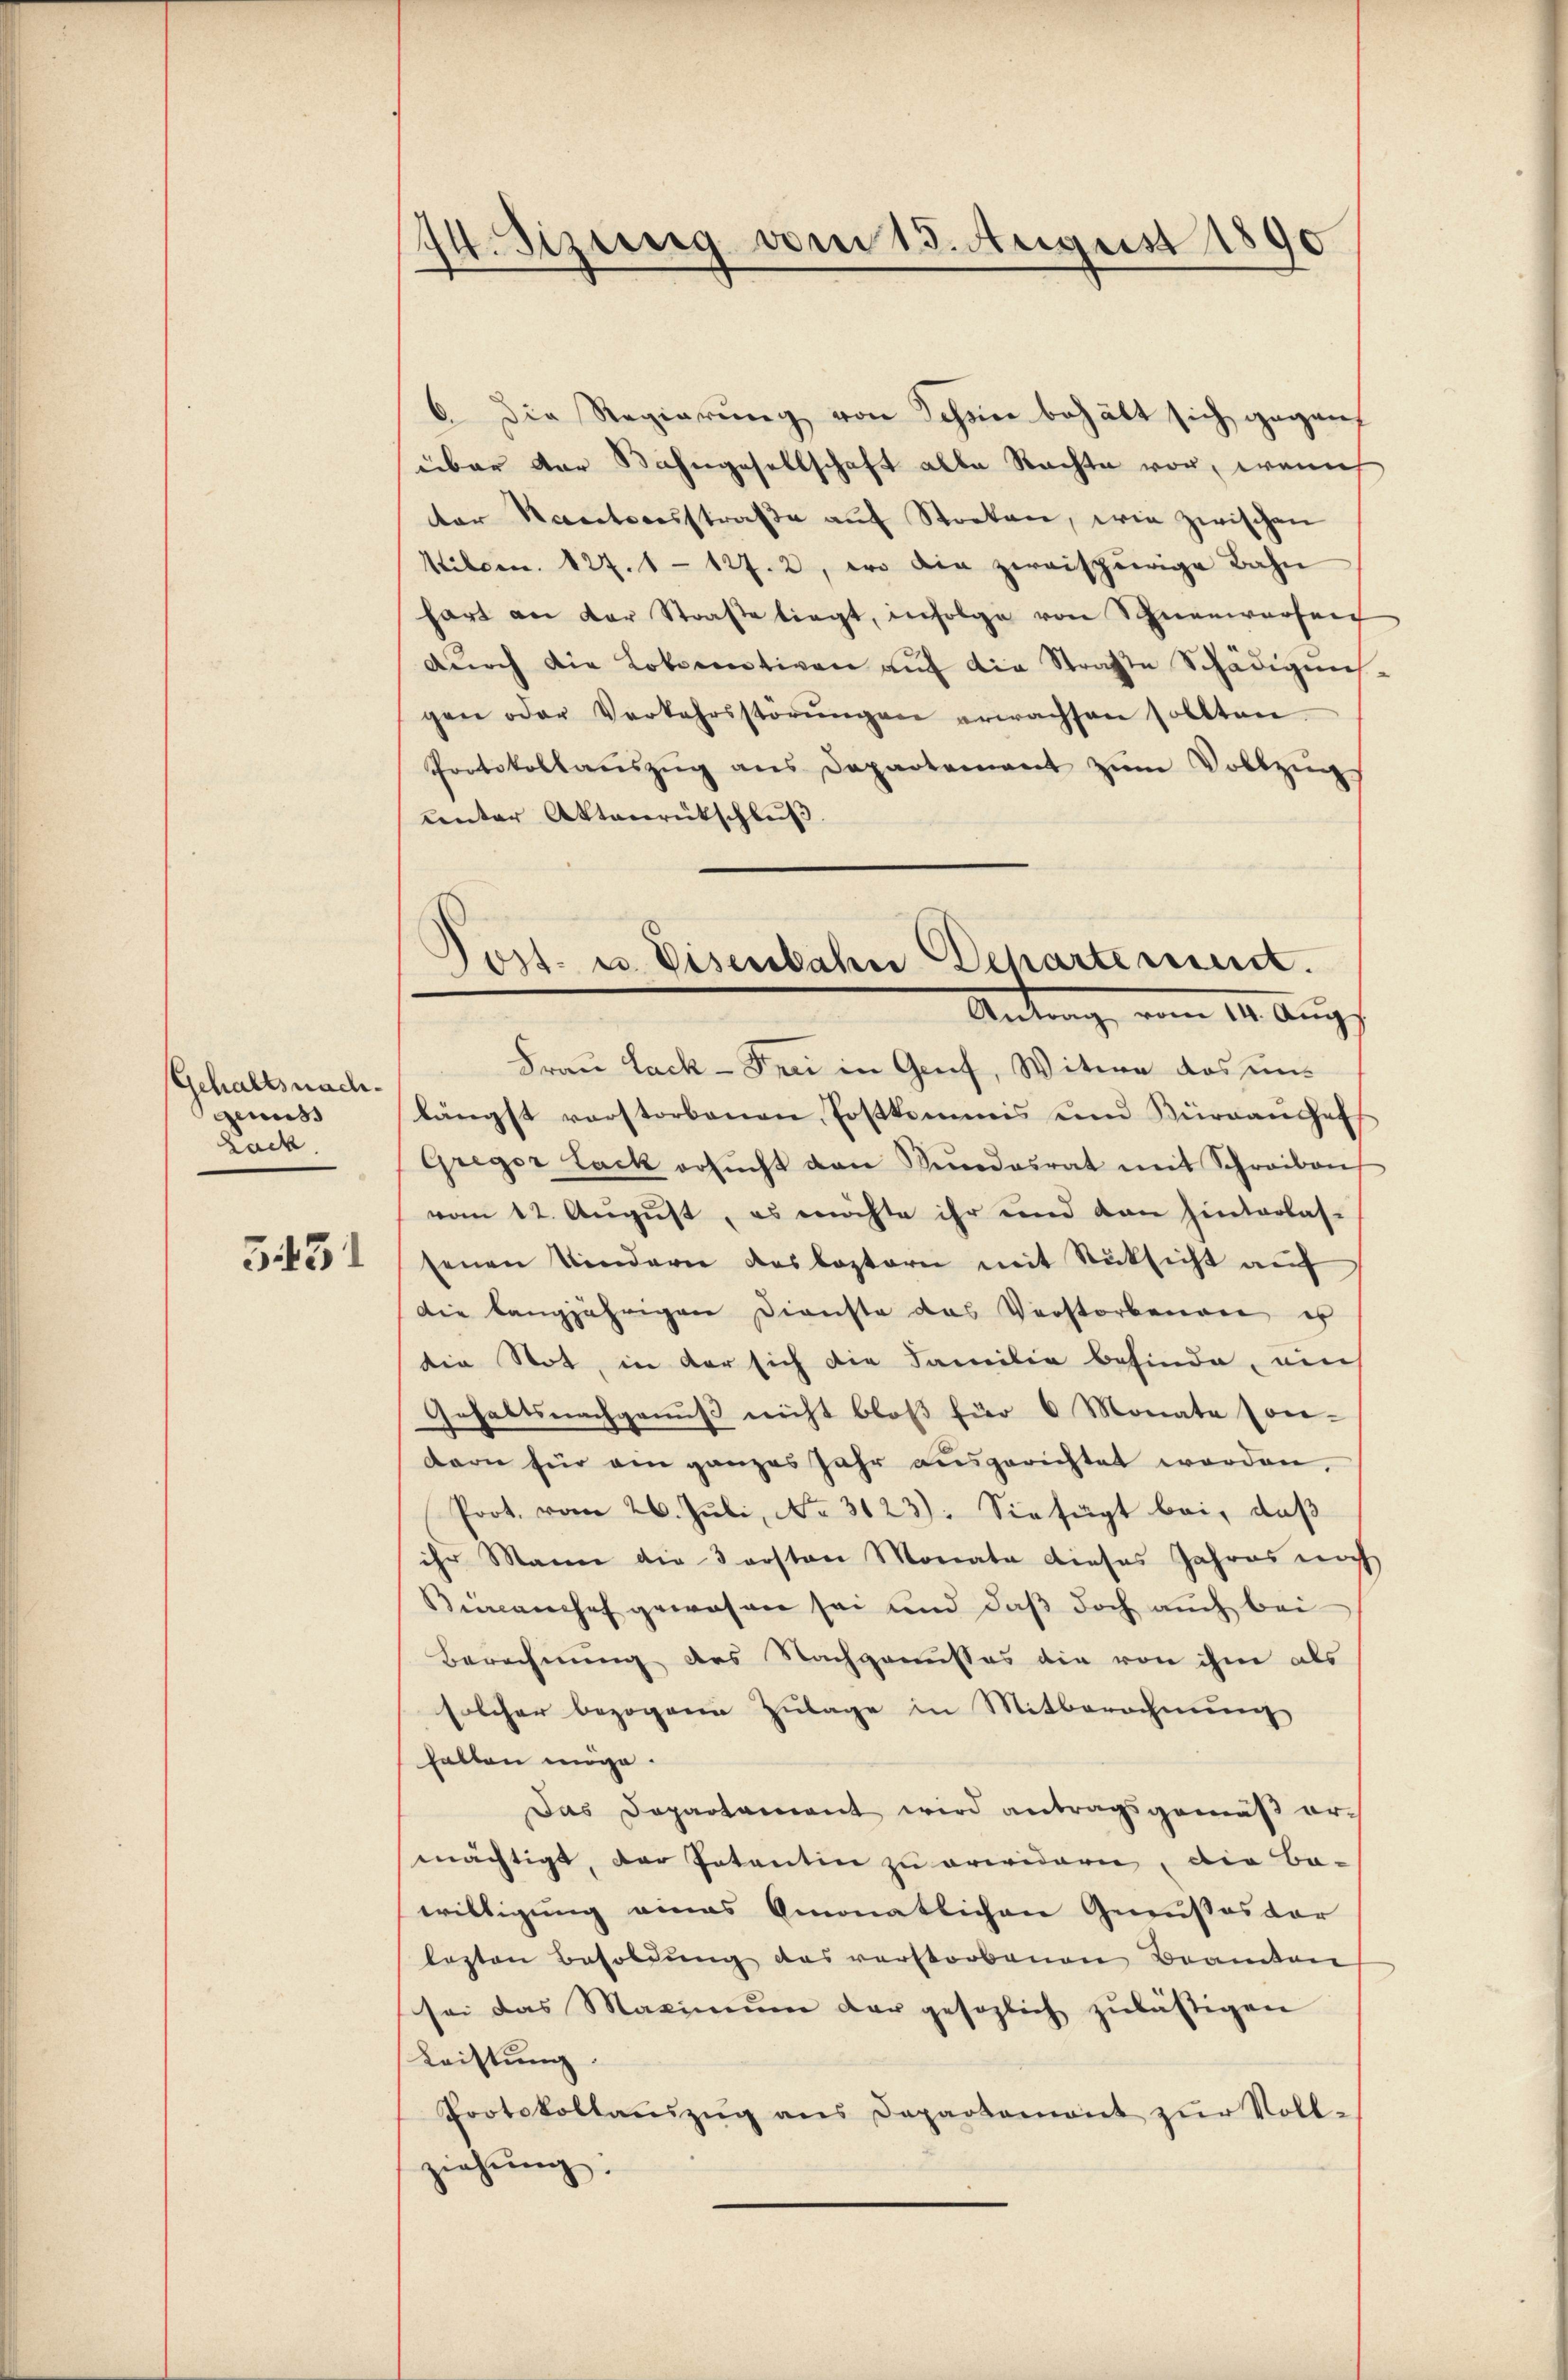
Gehaltsnachgenuss
Lack

5431

I4. Sizung vom 13. August 1890

6. Die Regierung von Schöne behält sich gegens
über der Bahngesellschaft alle Nachte vor, wenn
der Raceteresstraβe aŭf Stocken, wie zwischen
Milden. 127. 1 - 127. 2, wo die zweispierige Bahn
hart an der Strafe liegt, infolge von Schnenwarfen
dŭrch die Lokomotiven aŭf die Straße Schädigung
gen oder Verkehrsstörŭngen erwachsen sollten.
Protokollaŭszŭg ans Departement zŭm Vollzŭg
center Aktenrückschluß
Frau Lack - Frei in Gruf, Witwe das unlängst verstorbenen Postkommis und Büreaŭshelf
Gregor Lack ersŭcht den Rŭndesrat mit Schreiben
vom 12. August, es möchte ihr und dan hinterlas-
senen Kindern das kostern mit Rücksicht auf
Die langjährigen Dienste das Verstorbenen es
die Not, in der sich die Familie befinde, ains
Gehaltsnachgenuß nicht bloß für 6 Monate Con-
dern für ein ganzes Jahr ausgerichtet werden.
Prot. vom 26. Juli, No. 3123). Sie fügt bei, daß
ihr Mann die 3 ersten Monate dieses Jahres noch
Bürcanchef gewesen sei und daß doch auch bei
Berechnung des Nachgenusses die von ihm als
solcher bezogene Zulage in Mitberechnung
halten möge.
Das Departament wird antragsgemäß ermächtigt, der Patentin zu erwidern, die Be-
willigung eines Amonatlichen Genußes dar
lezten Besoldung das verstorbenen Beamten
sei das Maximŭm der gesezlich zŭlästigen
Leistung.
Protokollaŭszŭg ans Departement zŭr Voll-
ziehung.

Post. u. Eisenbahn Departement.
Antrag, vom 14. Augs